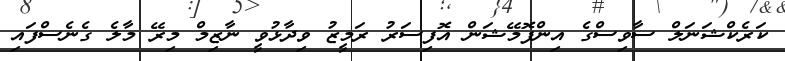
ކަރެކްޝަނަލް ސާވިސްގެ އިންފޮމޭޝަން އޮފިސަރު ރަމީޒު ވިދާޅުވީ ނާޒިމް މިރޭ މާލެ ގެނެސްފައި